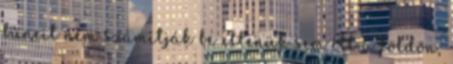
bűneit nem számítják be ellenük sem itt a földön,